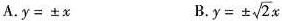
A.$$y = ± x B. $$y= ± \sqrt { 2 } x$$